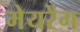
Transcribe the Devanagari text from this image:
मेयरेंग